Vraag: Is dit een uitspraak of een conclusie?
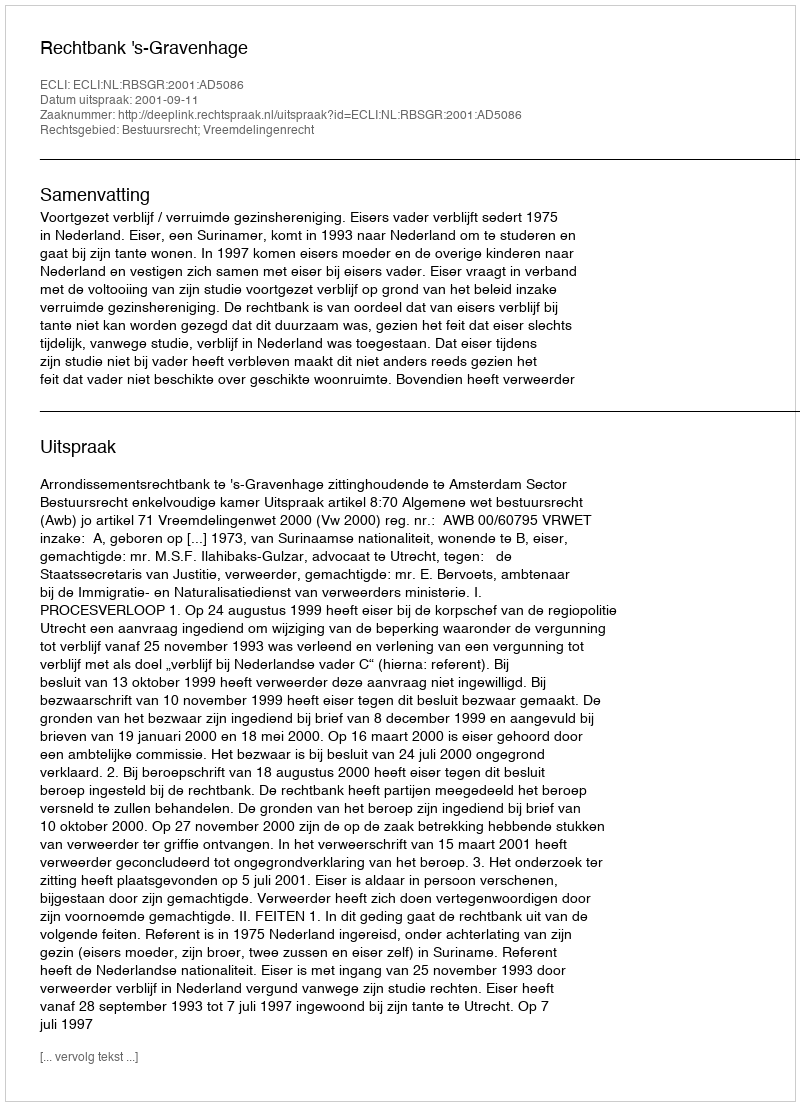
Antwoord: Uitspraak